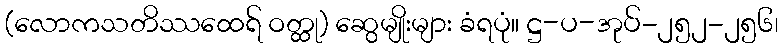
(လောကသတိဿထေရ် ဝတ္ထု) ဆွေမျိုးများ ခံရပုံ။ ဋ္ဌ-ပ-အုပ်-၂၅၂-၂၅၆၊